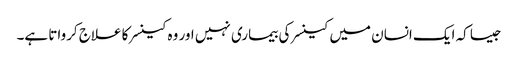
جیسا کہ ایک انسان میں کینسر کی بیماری نہیں اور وہ کینسر کا علاج کرواتا ہے۔